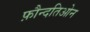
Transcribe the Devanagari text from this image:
फ़ौन्दतिओन